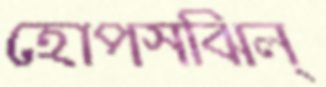
হোপসঝিল্